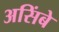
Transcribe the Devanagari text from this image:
असिंबे